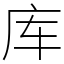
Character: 库